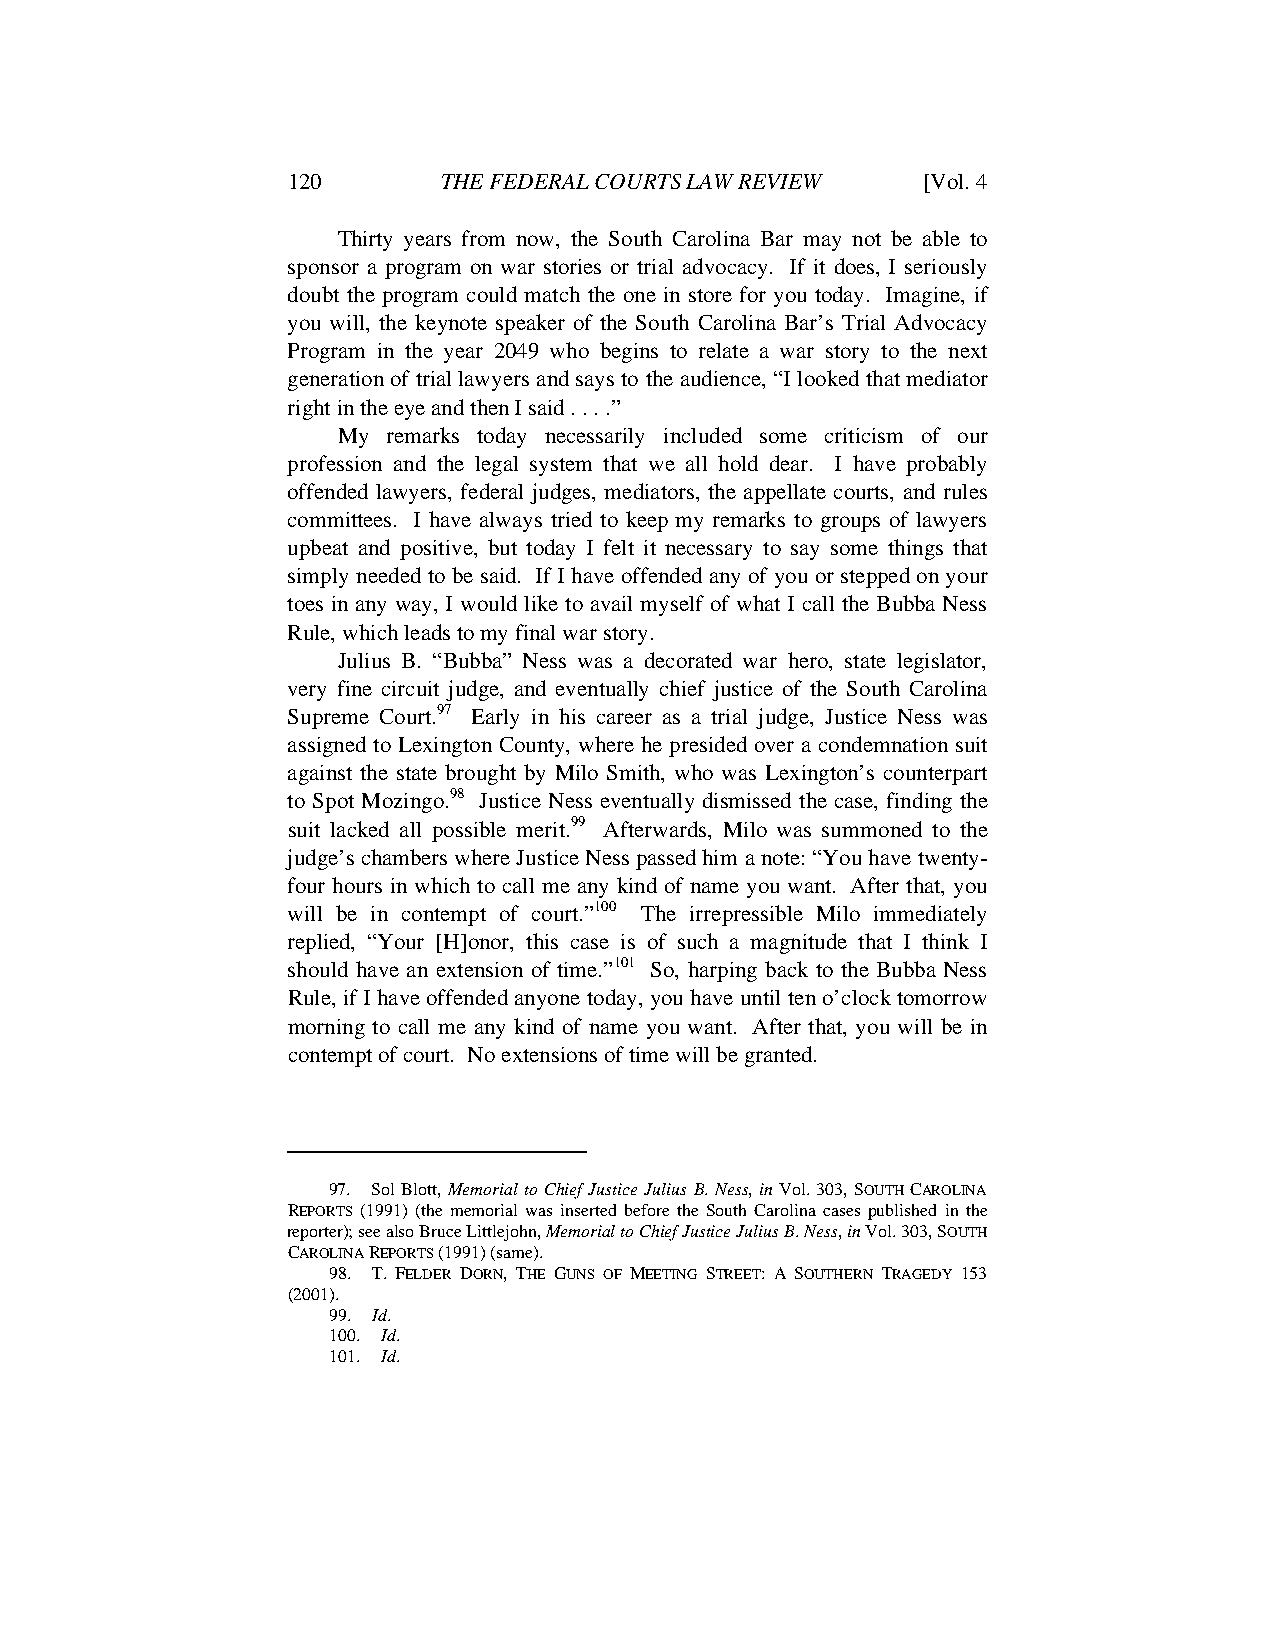
JUDGE ANDERSON ARTICLE - DRAFT 4.5 (FINAL) 5/13/2010 12:30:34 PM
 120       THE FEDERAL COURTS LAW REVIEW   [Vol. 4
 Thirty years from now, the South Carolina Bar may not be able to
 sponsor a program on war stories or trial advocacy. If it does, I seriously
 doubt the program could match the one in store for you today. Imagine, if
 you will, the keynote speaker of the South Carolina Bar’s Trial Advocacy
 Program in the year 2049 who begins to relate a war story to the next
 generation of trial lawyers and says to the audience, “I looked that mediator
 right in the eye and then I said . . . .”
 My  remarks today necessarily included some criticism of our
 profession and the legal system that we all hold dear. I have probably
 offended lawyers, federal judges, mediators, the appellate courts, and rules
 committees. I have always tried to keep my remarks to groups of lawyers
 upbeat and positive, but today I felt it necessary to say some things that
 simply needed to be said. If I have offended any of you or stepped on your
 toes in any way, I would like to avail myself of what I call the Bubba Ness
 Rule, which leads to my final war story.
 Julius B. “Bubba” Ness was a decorated war hero, state legislator,
 very fine circuit judge, and eventually chief justice of the South Carolina
 Supreme Court.97 Early in his career as a trial judge, Justice Ness was
 assigned to Lexington County, where he presided over a condemnation suit
 against the state brought by Milo Smith, who was Lexington’s counterpart
 to Spot Mozingo.98 Justice Ness eventually dismissed the case, finding the
 suit lacked all possible merit.99 Afterwards, Milo was summoned to the
 judge’s chambers where Justice Ness passed him a note: “You have twenty-
 four hours in which to call me any kind of name you want. After that, you
 will be in contempt of court.”100 The irrepressible Milo immediately
 replied, “Your [H]onor, this case is of such a magnitude that I think I
 should have an extension of time.”101 So, harping back to the Bubba Ness
 Rule, if I have offended anyone today, you have until ten o’clock tomorrow
 morning to call me any kind of name you want. After that, you will be in
 contempt of court. No extensions of time will be granted.
 97. Sol Blott, Memorial to Chief Justice Julius B. Ness, in Vol. 303, SOUTH CAROLINA
 REPORTS (1991) (the memorial was inserted before the South Carolina cases published in the
 reporter); see also Bruce Littlejohn, Memorial to Chief Justice Julius B. Ness, in Vol. 303, SOUTH
 CAROLINA REPORTS (1991) (same).
 98. T. FELDER DORN, THE GUNS OF MEETING STREET: A SOUTHERN TRAGEDY 153
 (2001).
 99. Id.
 100. Id.
 101. Id.